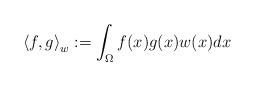
LaTeX: \begin{align*}\left<f,g\right>_w:=\int_{\Omega} f(x)g(x)w(x) dx\end{align*}